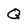
Character: Q